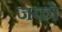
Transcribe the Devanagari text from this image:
जको